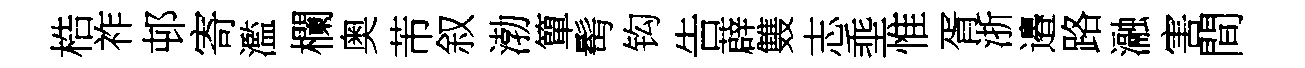
梏祚邨寄濫欄奥芾叙渤簞髩钩告薜䨇志埀惟胥浙邉路瀜害間